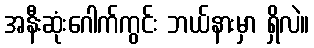
အနီးဆုံးဂေါက်ကွင်း ဘယ်နားမှာ ရှိလဲ။